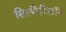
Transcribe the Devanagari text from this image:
सिल्मैरिलॉन